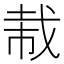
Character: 𫻭